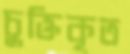
চুক্তিকৃত